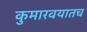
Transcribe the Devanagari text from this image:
कुमारवयातच